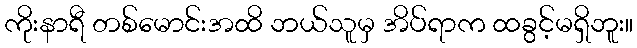
ကိုးနာရီ တစ်မောင်းအထိ ဘယ်သူမှ အိပ်ရာက ထခွင့်မရှိဘူး။